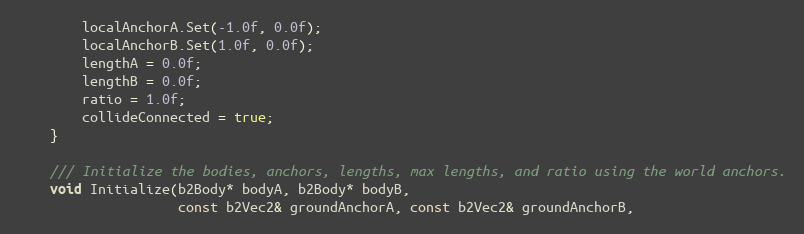
Language: C
		localAnchorA.Set(-1.0f, 0.0f);
		localAnchorB.Set(1.0f, 0.0f);
		lengthA = 0.0f;
		lengthB = 0.0f;
		ratio = 1.0f;
		collideConnected = true;
	}

	/// Initialize the bodies, anchors, lengths, max lengths, and ratio using the world anchors.
	void Initialize(b2Body* bodyA, b2Body* bodyB,
					const b2Vec2& groundAnchorA, const b2Vec2& groundAnchorB,